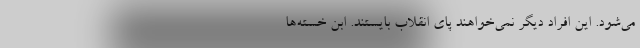
می‌شود. این افراد دیگر نمی‌خواهند پای انقلاب بایستند. ابن خسته‌ها